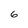
Character: 6